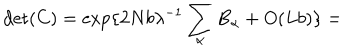
\det ( C ) = \exp \{ 2 N b \lambda ^ { - 1 } \sum _ { \alpha } B _ { \alpha } + O ( L b ) \} =